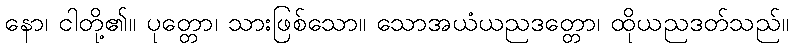
နော၊ ငါတို့၏။ ပုတ္တော၊ သားဖြစ်သော။ သောအယံယညဒတ္တော၊ ထိုယညဒတ်သည်။